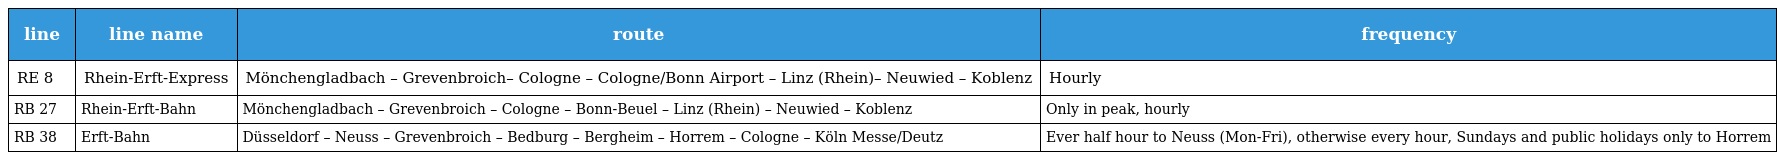
| line | line name | route | frequency |
 | --- | --- | --- | --- |
 | RE 8 | Rhein-Erft-Express | Mönchengladbach – Grevenbroich– Cologne – Cologne/Bonn Airport – Linz (Rhein)– Neuwied – Koblenz | Hourly |
 | RB 27 | Rhein-Erft-Bahn | Mönchengladbach – Grevenbroich – Cologne – Bonn-Beuel – Linz (Rhein) – Neuwied – Koblenz | Only in peak, hourly |
 | RB 38 | Erft-Bahn | Düsseldorf – Neuss – Grevenbroich – Bedburg – Bergheim – Horrem – Cologne – Köln Messe/Deutz | Ever half hour to Neuss (Mon-Fri), otherwise every hour, Sundays and public holidays only to Horrem |